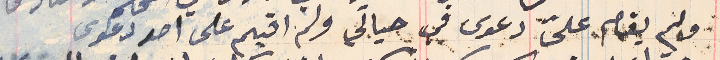
ولم يقام علىّ دعوى في حياتي ولم اقيم على احد دعوى